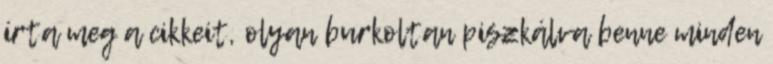
írta meg a cikkeit, olyan burkoltan piszkálva benne minden